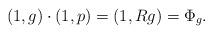
LaTeX: \begin{align*} (1,g)\cdot{}(1,p)=(1,{R}g)=\Phi_g. \end{align*}